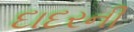
દાદરની